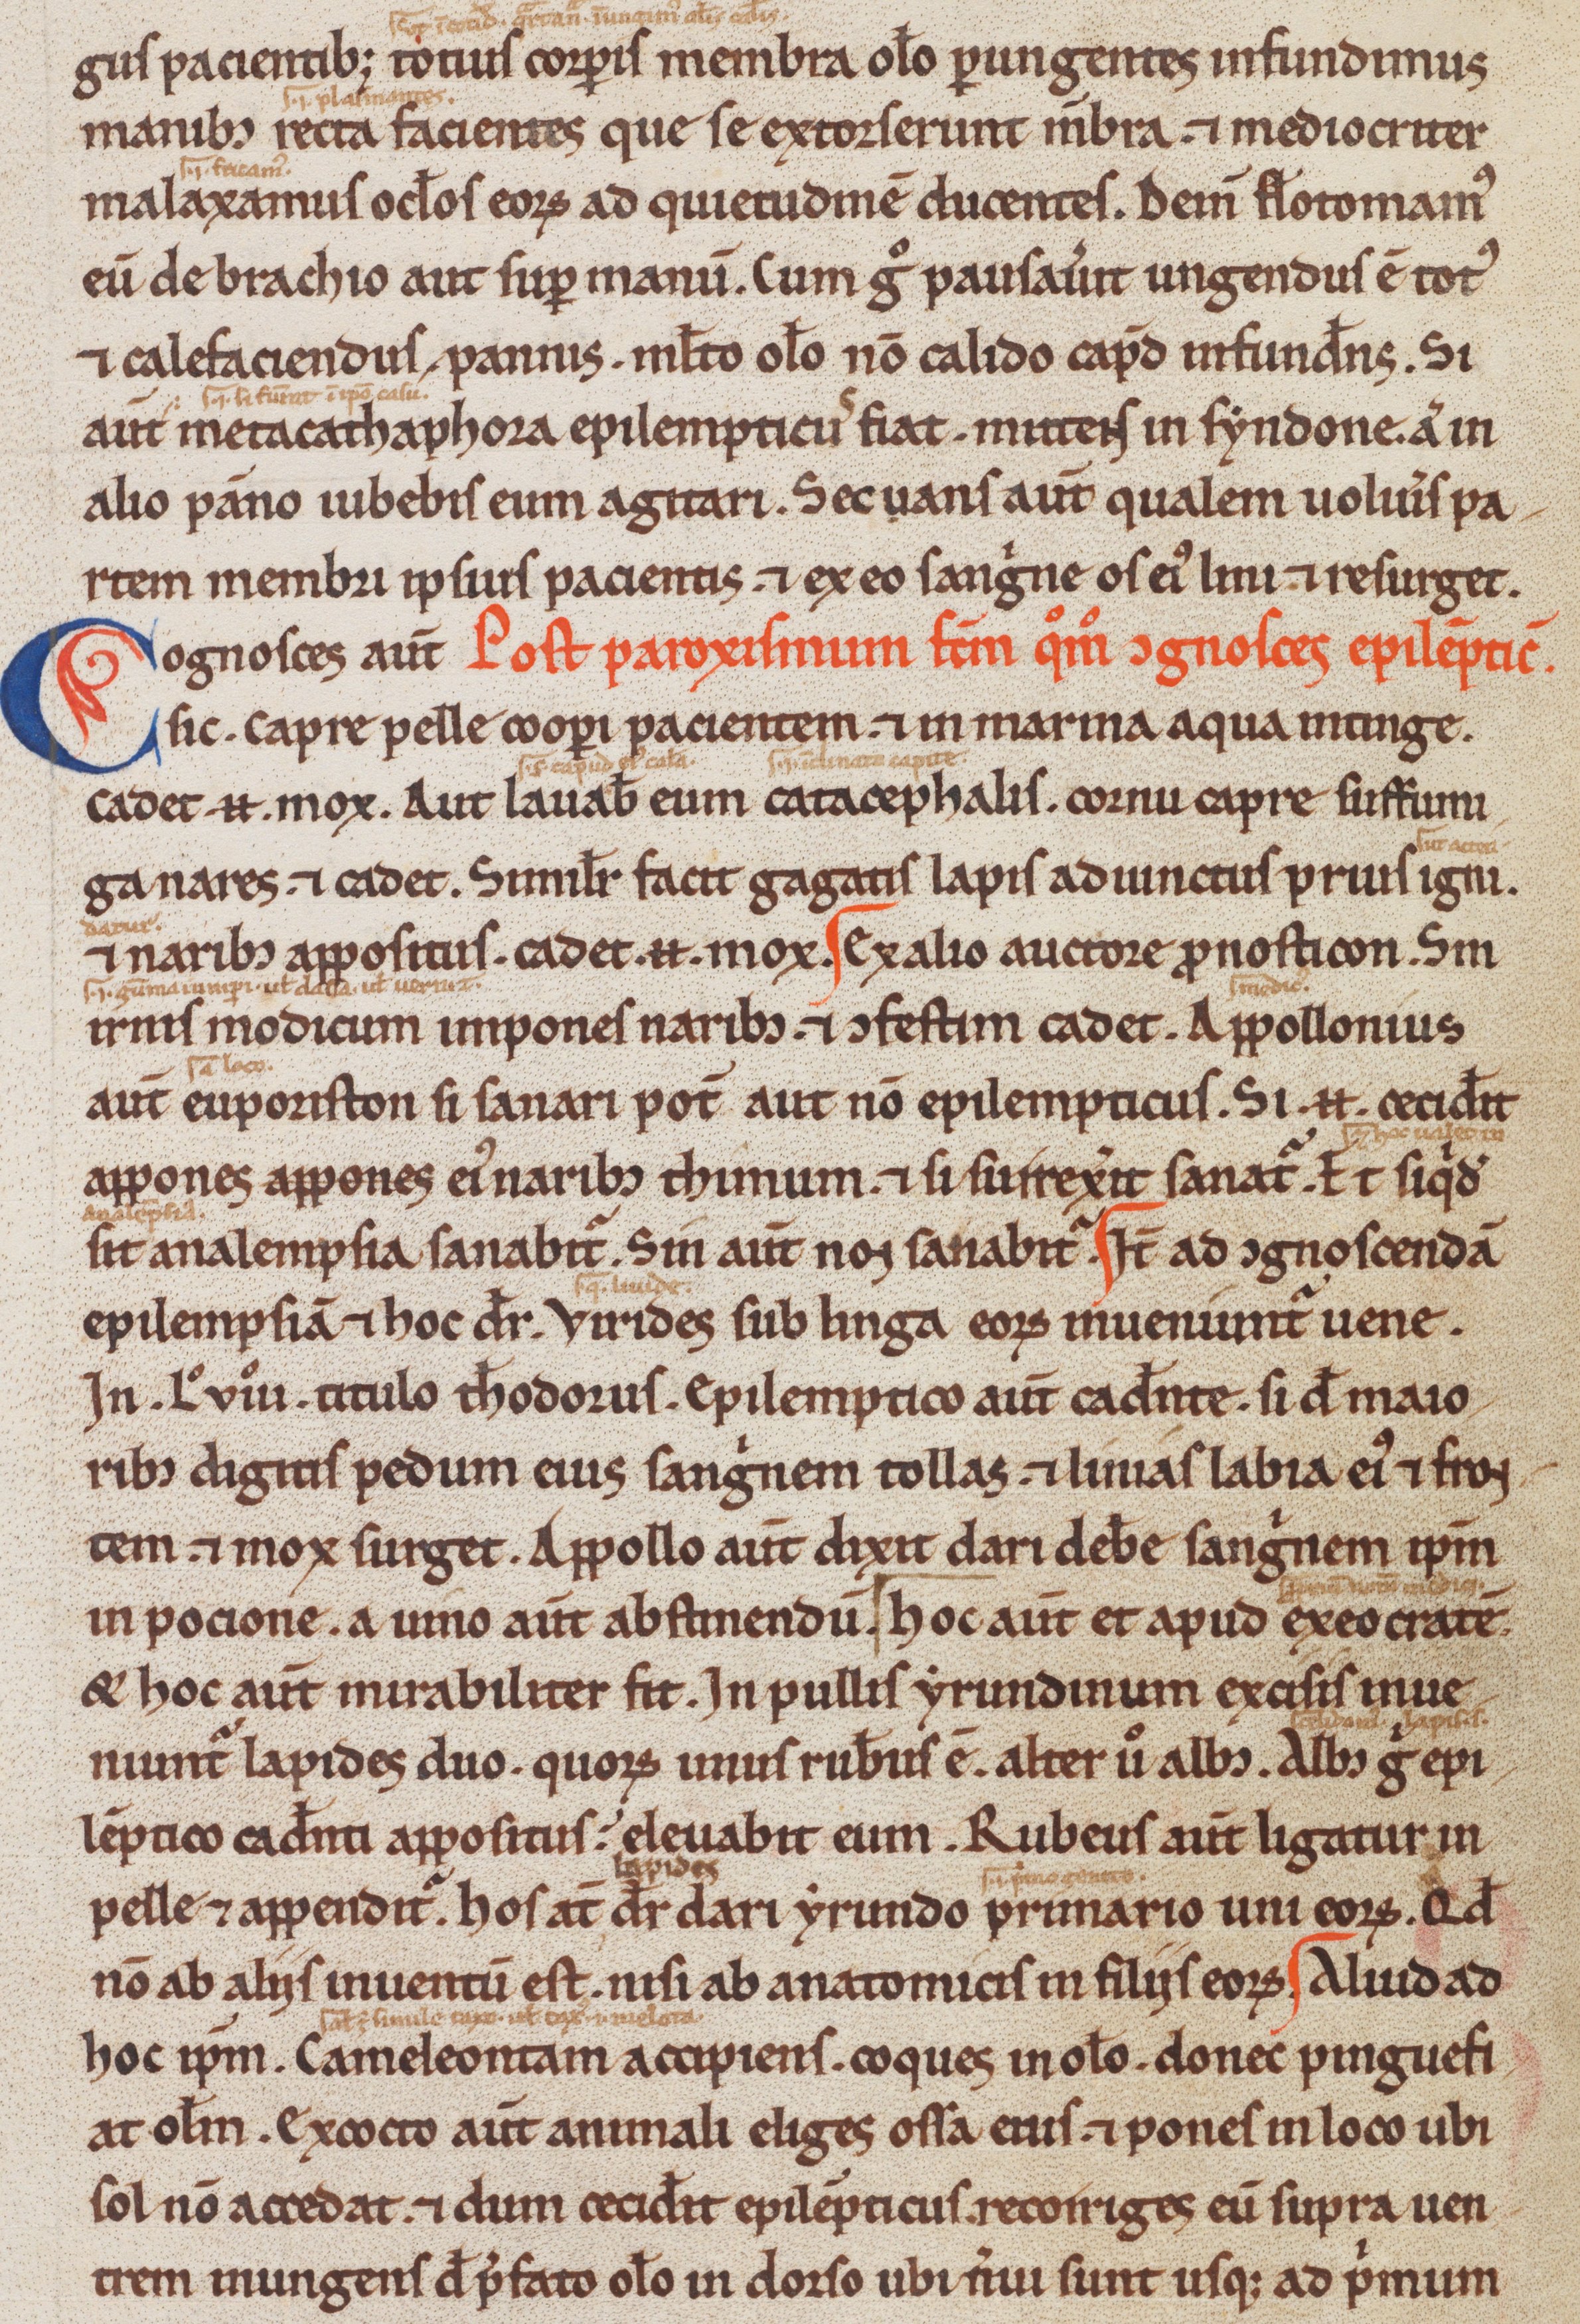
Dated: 1200–1299